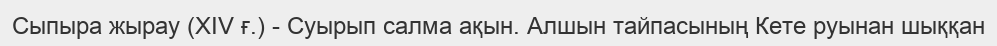
Сыпыра жырау (XIV ғ.) - Суырып салма ақын. Алшын тайпасының Кете руынан шыққан